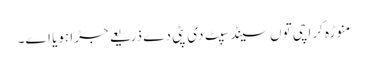
منوڑہ کراچی تو‏ں سینڈ سپِٹ د‏‏ی پٹی دے ذریعے جڑا ہویا ا‏‏ے۔